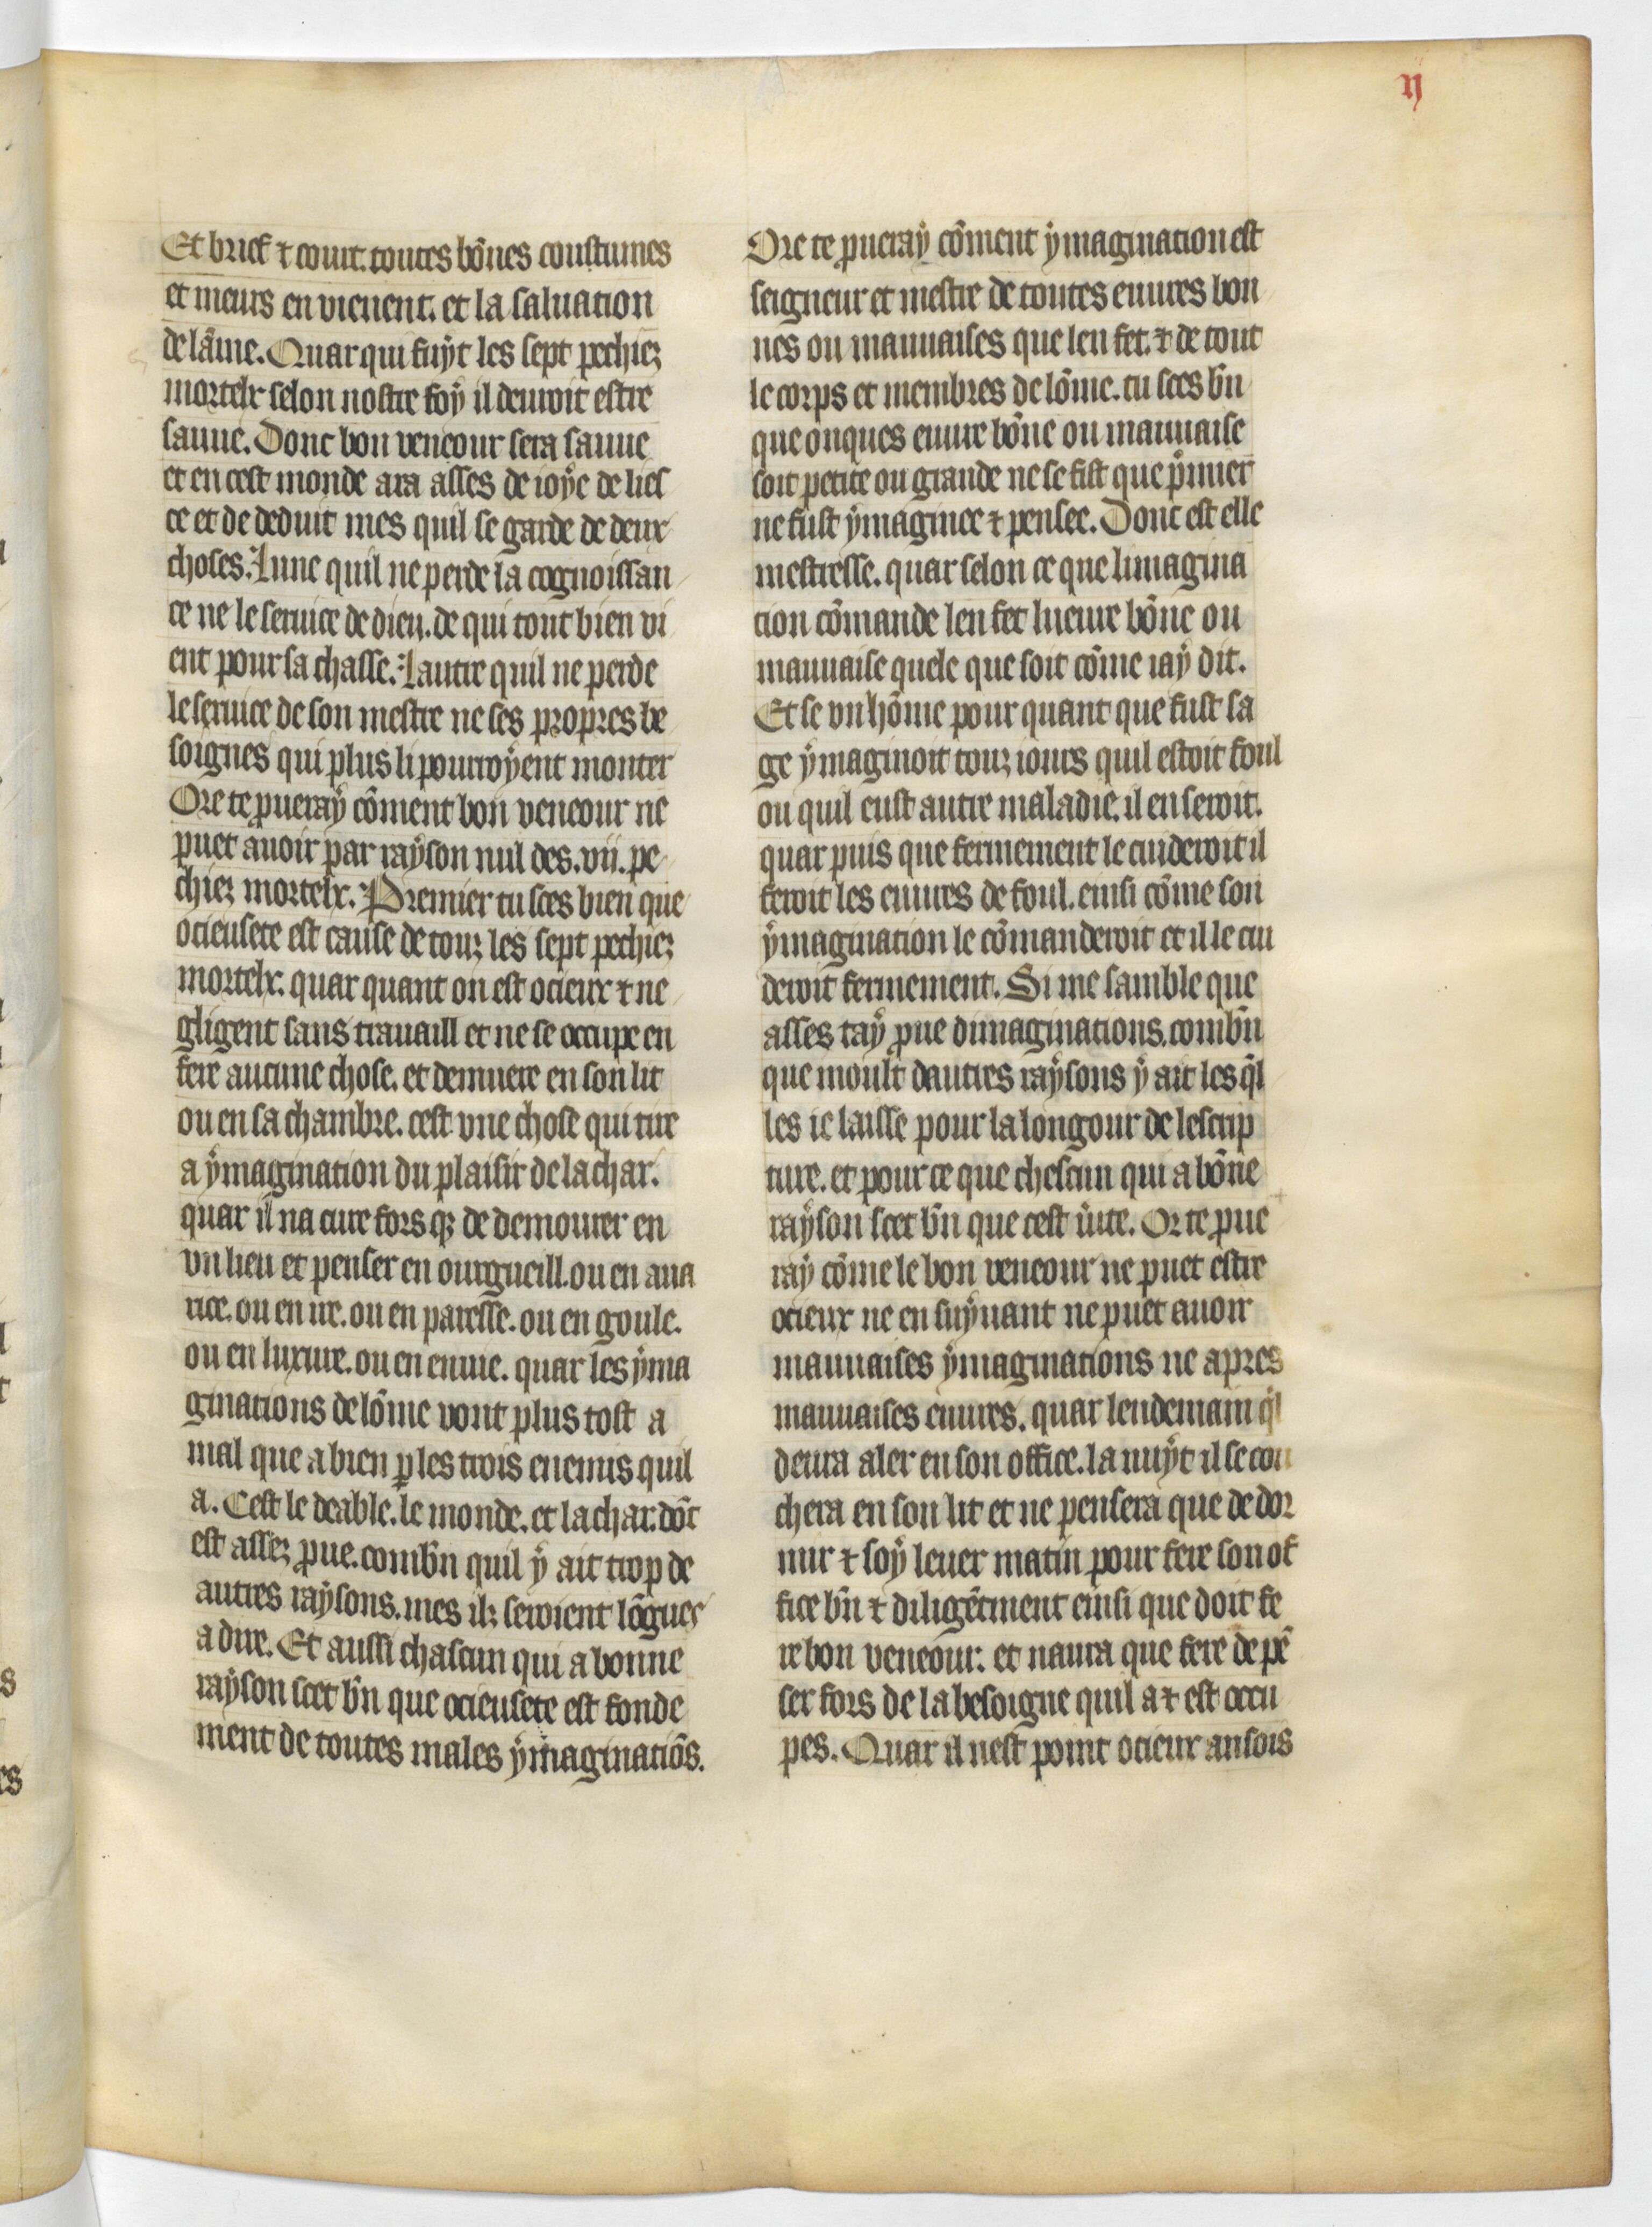
Shelfmark: Paris, BnF, fr. 619
Century: 14